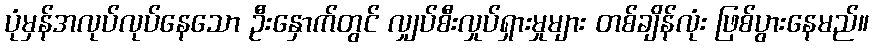
ပုံမှန်အလုပ်လုပ်နေသော ဦးနှောက်တွင် လျှပ်စီးလှုပ်ရှားမှုများ တစ်ချိန်လုံး ဖြစ်ပွားနေမည်။